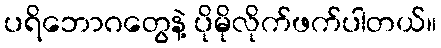
ပရိဘောဂတွေနဲ့ ပိုမိုလိုက်ဖက်ပါတယ်။